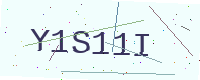
Text: Y1S11I